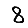
Digit: 8